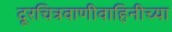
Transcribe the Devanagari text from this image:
दूरचित्रवाणीवाहिनीच्या